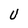
Character: U